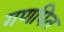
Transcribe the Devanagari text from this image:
गणपित